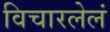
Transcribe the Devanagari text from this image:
विचारलेलं